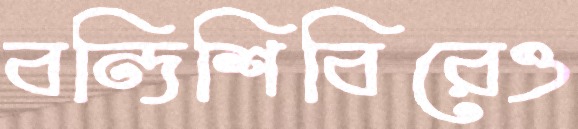
বন্দিশিবিরেও